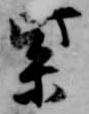
紫